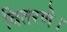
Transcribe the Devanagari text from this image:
वितरणे।